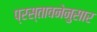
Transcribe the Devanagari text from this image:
प्रस्तावनेनुसार